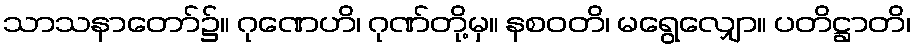
သာသနာတော်၌။ ဂုဏေဟိ၊ ဂုဏ်တို့မှ။ နစဝတိ၊ မရွေလျှော။ ပတိဋ္ဌာတိ၊